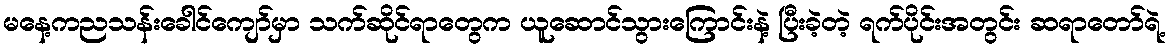
မနေ့ကညသန်းခေါင်ကျော်မှာ သက်ဆိုင်ရာတွေက ယူဆောင်သွားကြောင်းနဲ့ ပြီးခဲ့တဲ့ ရက်ပိုင်းအတွင်း ဆရာတော်ရဲ့